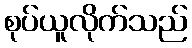
စုပ်ယူလိုက်သည်